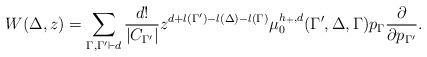
\begin{align*}W(\Delta,z)=\sum_{\Gamma,\Gamma^{\prime}\vdash d}\frac{d!}{|C_{\Gamma^{\prime}}|} z^{d+l(\Gamma^{\prime})-l(\Delta)-l(\Gamma)}\mu_{0}^{h_+,d}(\Gamma^{\prime},\Delta,\Gamma)p_{\Gamma}\frac{\partial}{\partial p_{\Gamma^{\prime}}}.\end{align*}